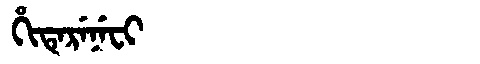
Manchu: ᡥᡳᡨᡝᡵᡝᠨᡝᠸᡳ
Romanization: HITERENEFI